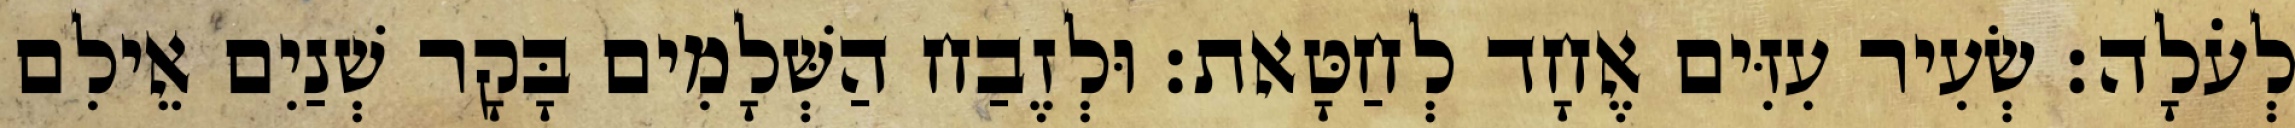
לְעֹלָה׃ שְׂעִיר עִזִּים אֶחָד לְחַטָּאת׃ וּלְזֶבַח הַשְּׁלָמִים בָּקָר שְׁנַיִם אֵילִם